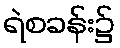
ရဲစခန်း၌